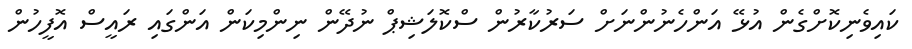
ކައިވެނިކޮށްގެން އުޅޭ އަންހެނުންނަށް ސަރުކާރުން ސްކޮލަޝިޕް ނުދޭން ނިންމިކަން އަންގައި ރައީސް އޮފީހުން